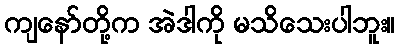
ကျနော်တို့က အဲဒါကို မသိသေးပါဘူး။